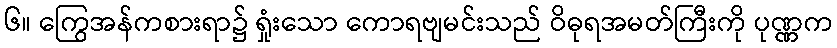
၆။ ကြွေအန်ကစားရာ၌ ရှုံးသော ကောရဗျမင်းသည် ဝိဓုရအမတ်ကြီးကို ပုဏ္ဏက